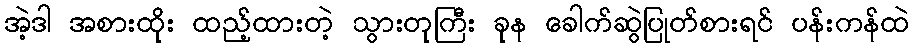
အဲ့ဒါ အစားထိုး ထည့်ထားတဲ့ သွားတုကြီး ခုန ခေါက်ဆွဲပြုတ်စားရင် ပန်းကန်ထဲ